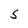
Character: S